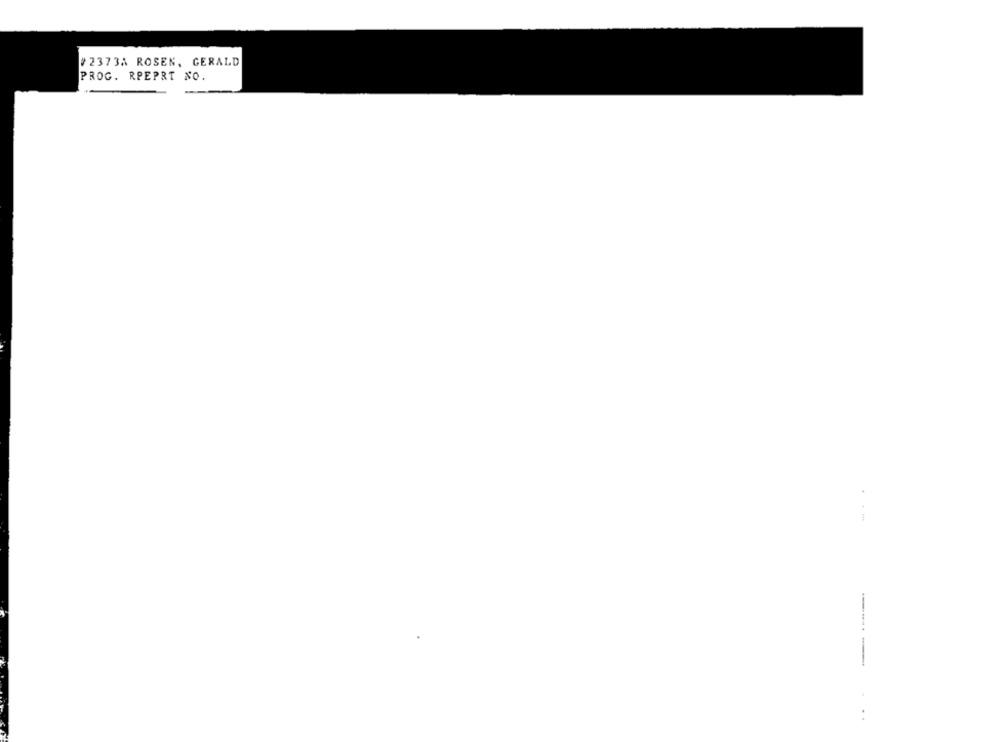
#2373A ROSEN, GERALD
PROG. RPEPRT NO.